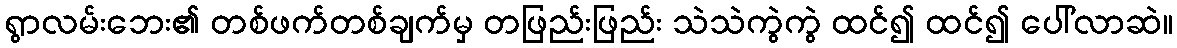
ရွာလမ်းဘေး၏ တစ်ဖက်တစ်ချက်မှ တဖြည်းဖြည်း သဲသဲကွဲကွဲ ထင်၍ ထင်၍ ပေါ်လာဆဲ။